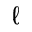
\ell